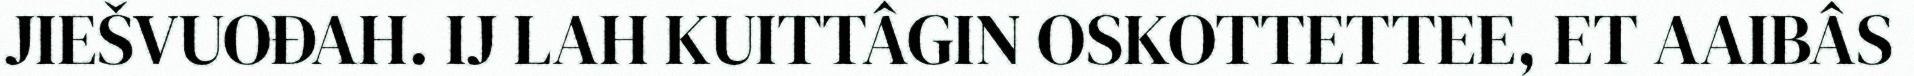
JIEŠVUOĐAH. IJ LAH KUITTÂGIN OSKOTTETTEE, ET AAIBÂS